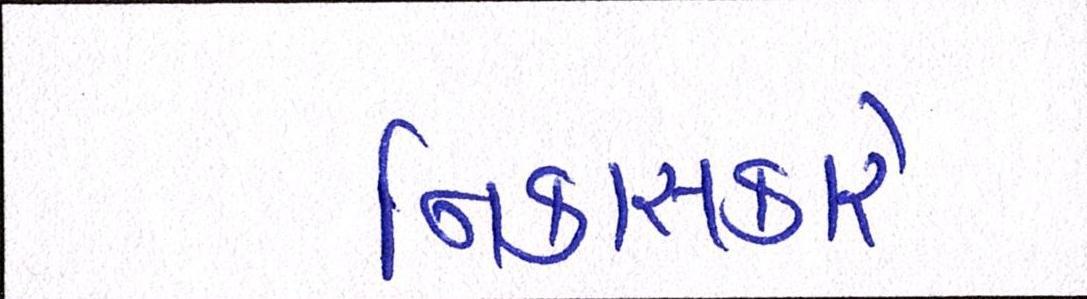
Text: નિકાસકારે